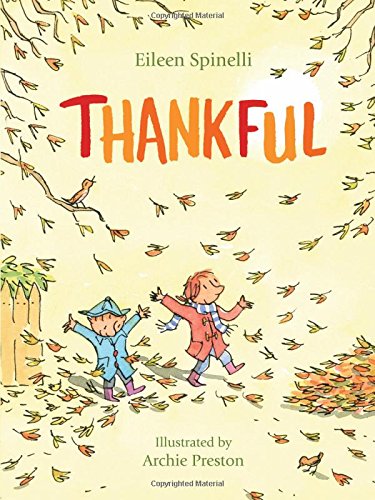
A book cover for Thankful; Eileen Spinelli; Children's Books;